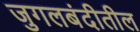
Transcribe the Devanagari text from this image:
जुगलबंदीतील